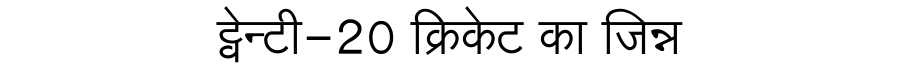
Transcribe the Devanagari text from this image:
ट्वेन्टी-20 क्रिकेट का जिन्न